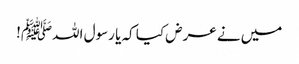
میں نے عرض کیا کہ یا رسول اللہﷺ!